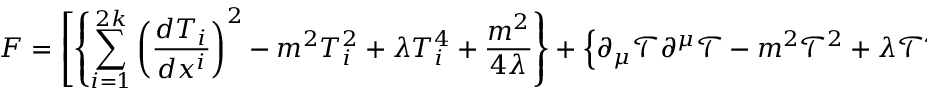
F = \left[ \left\{ \sum _ { i = 1 } ^ { 2 k } \left( \frac { d T _ { i } } { d x ^ { i } } \right) ^ { 2 } - m ^ { 2 } T _ { i } ^ { 2 } + \lambda T _ { i } ^ { 4 } + \frac { m ^ { 2 } } { 4 \lambda } \right\} + \left\{ \partial _ { \mu } \mathcal { T } \partial ^ { \mu } \mathcal { T } - m ^ { 2 } \mathcal { T } ^ { 2 } + \lambda \mathcal { T } ^ { 4 } + f ( \mathcal { T } ) \overline { { { \theta } } } _ { R } \theta _ { L } \right\} \right]